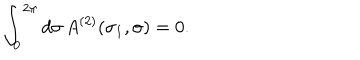
\int _ { 0 } ^ { 2 \pi } d \sigma \, A ^ { ( 2 ) } ( \sigma _ { 1 } , \sigma ) = 0 .